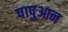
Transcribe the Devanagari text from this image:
पापुआन